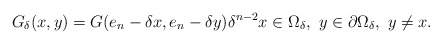
\begin{align*} G_\delta(x,y)=G(e_n-\delta x,e_n-\delta y)\delta^{n-2} x\in \Omega_\delta,\ y\in \partial \Omega_\delta,\ y\neq x.\end{align*}